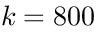
k = 8 0 0